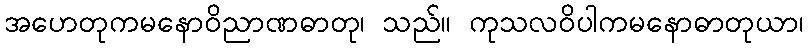
အဟေတုကမနောဝိညာဏဓာတု၊ သည်။ ကုသလဝိပါကမနောဓာတုယာ၊